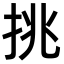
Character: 挑